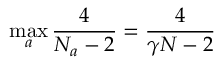
\operatorname* { m a x } _ { a } \frac { 4 } { N _ { a } - 2 } = \frac { 4 } { \gamma N - 2 }